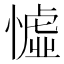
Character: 憈